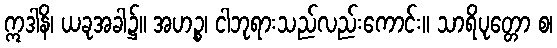
ဣဒါနိ၊ ယခုအခါ၌။ အဟဉ္စ၊ ငါဘုရားသည်လည်းကောင်း။ သာရိပုတ္တော စ၊